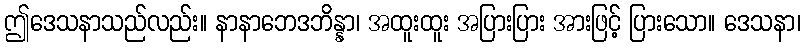
ဤဒေသနာသည်လည်း။ နာနာဘေဒဘိန္နာ၊ အထူးထူး အပြားပြား အားဖြင့် ပြားသော။ ဒေသနာ၊